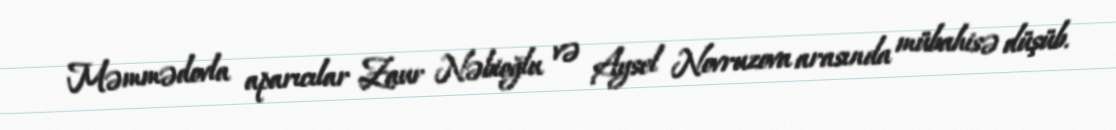
Məmmədovla aparıcılar Zaur Nəbioğlu və Aysel Novruzova arasında mübahisə düşüb.